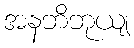
အနဘိဘုယျ